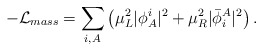
\begin{align*}-{\cal L}_{mass}=\sum_{i,A}\left( \mu_L^2\vert \phi_A^i \vert^2 +\mu_R^2\vert {\bar {\phi}}_i^A \vert^2 \right).\end{align*}